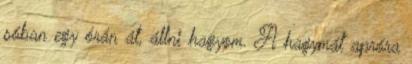
sóban egy órán át, állni hagyom. A hagymát apróra